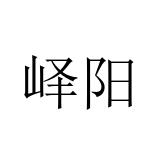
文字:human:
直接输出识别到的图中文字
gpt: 峄阳